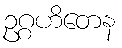
ဥဂ္ဂဟိတေန